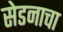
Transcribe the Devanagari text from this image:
सेडनाचा